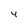
Character: 4